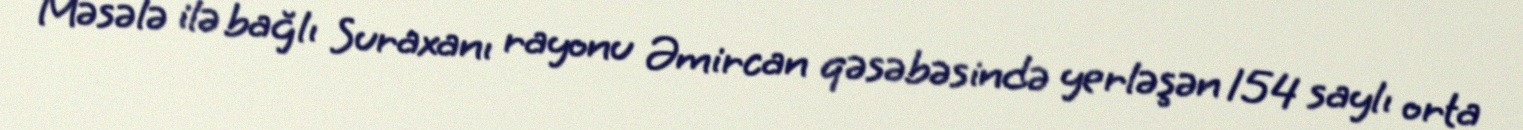
Məsələ ilə bağlı Suraxanı rayonu Əmircan qəsəbəsində yerləşən 154 saylı orta